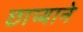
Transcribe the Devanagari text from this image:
छाप्याने